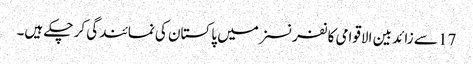
17 سے زائد بین الاقوامی کانفرنسزمیں پاکستان کی نمائندگی کر چکے ہیں۔